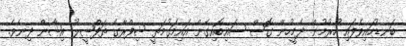
ބަނޑުހައިވެފައި ހުރުމުން ދެމީހުން ގޮސް ސައިބޮއިގެން އައިމަގުމަތީ ޝިފްރާގެ ތަފްޞީލު އިޝާން ދިނެވެ.